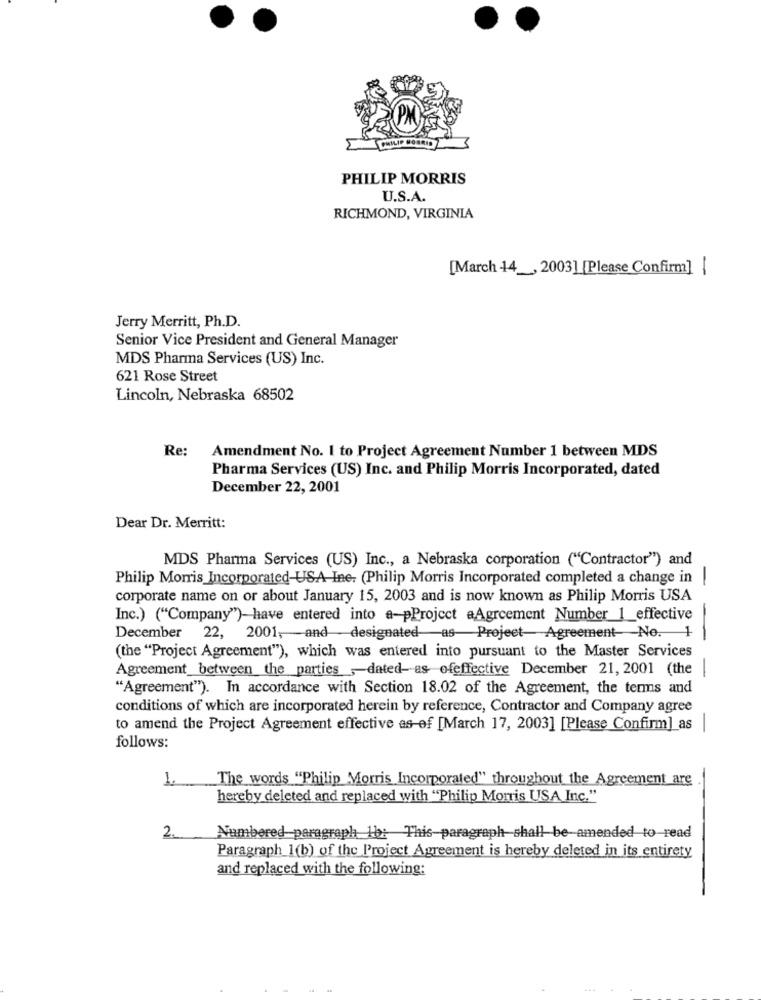
PM
PHILIP MORRIS
U.S.A.
RICHMOND, VIRGINIA
[March 14 __, 2003] [Please Confirm] |
Jerry Merritt, Ph.D.
Senior Vice President and General Manager
MDS Pharma Services (US) Inc.
621 Rose Street
Lincoln, Nebraska 68502
Re:
Amendment No. 1 to Project Agreement Number 1 between MDS
Pharma Services (US) Inc. and Philip Morris Incorporated, dated
December 22, 2001
Dear Dr. Merritt:
MDS Pharma Services (US) Inc ., a Nebraska corporation ("Contractor") and
Philip Morris Incorporated-USA-Ine. (Philip Morris Incorporated completed a change in|
corporate name on or about January 15, 2003 and is now known as Philip Morris USA
Inc.) ("Company")-have entered into a-pProject aAgreement Number_1_effective
December 22, 2001, and designated as Projeet Agreement-No. 1
(the "Project Agreement"), which was entered into pursuant to the Master Services
Agreement between the parties ,- dated-as ofeffective December 21, 2001 (the
-
"Agreement"). In accordance with Section 18.02 of the Agreement, the terms and
conditions of which are incorporated herein by reference, Contractor and Company agree
to amend the Project Agreement effective as-of [March 17, 2003] [Please Confirm] as |
follows:
1. The words "Philip Morris Incorporated" throughout the Agreement are
hereby deleted and replaced with "Philip Morris USA Inc."
2. Numbered paragraph 16: This paragraph shall be amended to read
Paragraph_1(b) of the Project Agreement is hereby deleted in its entirety
and replaced with the following:
** 4